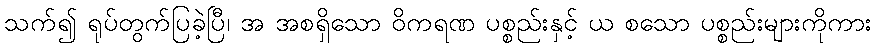
သက်၍ ရုပ်တွက်ပြခဲ့ပြီ၊ အ အစရှိသော ဝိကရဏ ပစ္စည်းနှင့် ယ စသော ပစ္စည်းများကိုကား